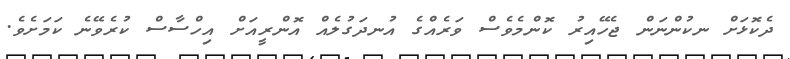
ދެކޮޅަށް ނކުންނަން ޖެހޭއިރު ކޮންމެވެސް ވަރެއްގެ އުނދަގުލެއް އޮންރީއަށް އިހްސާސް ކުރެވޭނެ ކަމަށެވެ.